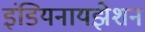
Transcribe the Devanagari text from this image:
इंडियनायझेशन